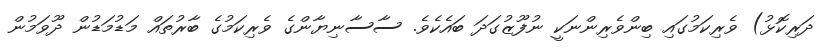
ދަރިކޮޅު) ވެރިކަމުގައި ބިންވެރިންނަކީ ނުފޫޒުގަދަ ބައެކެވެ. ސާސާނިޔާންގެ ވެރިކަމުގެ ބާރުތައް މަޑުމަޑުން ދޫވަމުން